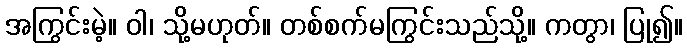
အကြွင်းမဲ့။ ဝါ၊ သို့မဟုတ်။ တစ်စက်မကြွင်းသည်သို့။ ကတွာ၊ ပြု၍။